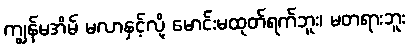
ကျွန်မအိမ် မလာနှင့်လို့ မောင်းမထုတ်ရက်ဘူး၊ မတရားဘူး